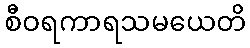
စီဝရကာရသမယေတိ